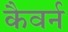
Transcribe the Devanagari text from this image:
कैवर्न